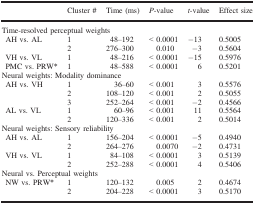
|  | Cluster # | Time (ms) | P‐value | t‐value | Effect size |
 | --- | --- | --- | --- | --- | --- |
 | <COLSPAN=6> Time‐resolved perceptual weights |
 | <ROWSPAN=2> AH vs. AL | 1 | 48–192 | < 0.0001 | −13 | 0.5005 |
 | 2 | 276–300 | 0.010 | −3 | 0.5604 |
 | VH vs. VL | 1 | 48–216 | < 0.0001 | −15 | 0.5976 |
 | PMC vs. PRW* | 1 | 48–588 | < 0.0001 | 6 | 0.5201 |
 | <COLSPAN=6> Neural weights: Modality dominance |
 | <ROWSPAN=3> AH vs. VH | 1 | 36–60 | < 0.001 | 3 | 0.5576 |
 | 2 | 108–120 | < 0.001 | 2 | 0.5055 |
 | 3 | 252–264 | < 0.001 | −2 | 0.4566 |
 | <ROWSPAN=2> AL vs. VL | 1 | 60–96 | < 0.001 | 11 | 0.5564 |
 | 2 | 120–336 | < 0.001 | 2 | 0.5014 |
 | <COLSPAN=6> Neural weights: Sensory reliability |
 | <ROWSPAN=2> AH vs. AL | 1 | 156–204 | < 0.0001 | −5 | 0.4940 |
 | 2 | 264–276 | 0.0070 | −2 | 0.4731 |
 | <ROWSPAN=2> VH vs. VL | 1 | 84–108 | < 0.0001 | 3 | 0.5139 |
 | 2 | 252–288 | < 0.0001 | 4 | 0.5406 |
 | <COLSPAN=6> Neural vs. Perceptual weights |
 | <ROWSPAN=2> NW vs. PRW* | 1 | 120–132 | 0.005 | 2 | 0.4674 |
 | 2 | 204–228 | < 0.0001 | 3 | 0.5170 |